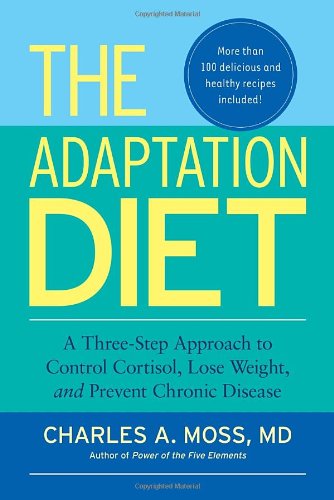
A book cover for The Adaptation Diet: A Three-Step Approach to Control Cortisol, Lose Weight, and Prevent Chronic Disease; CHARLES A. Moss M.D.; Health, Fitness & Dieting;